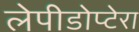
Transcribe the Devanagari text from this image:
लेपीडोप्टेरा